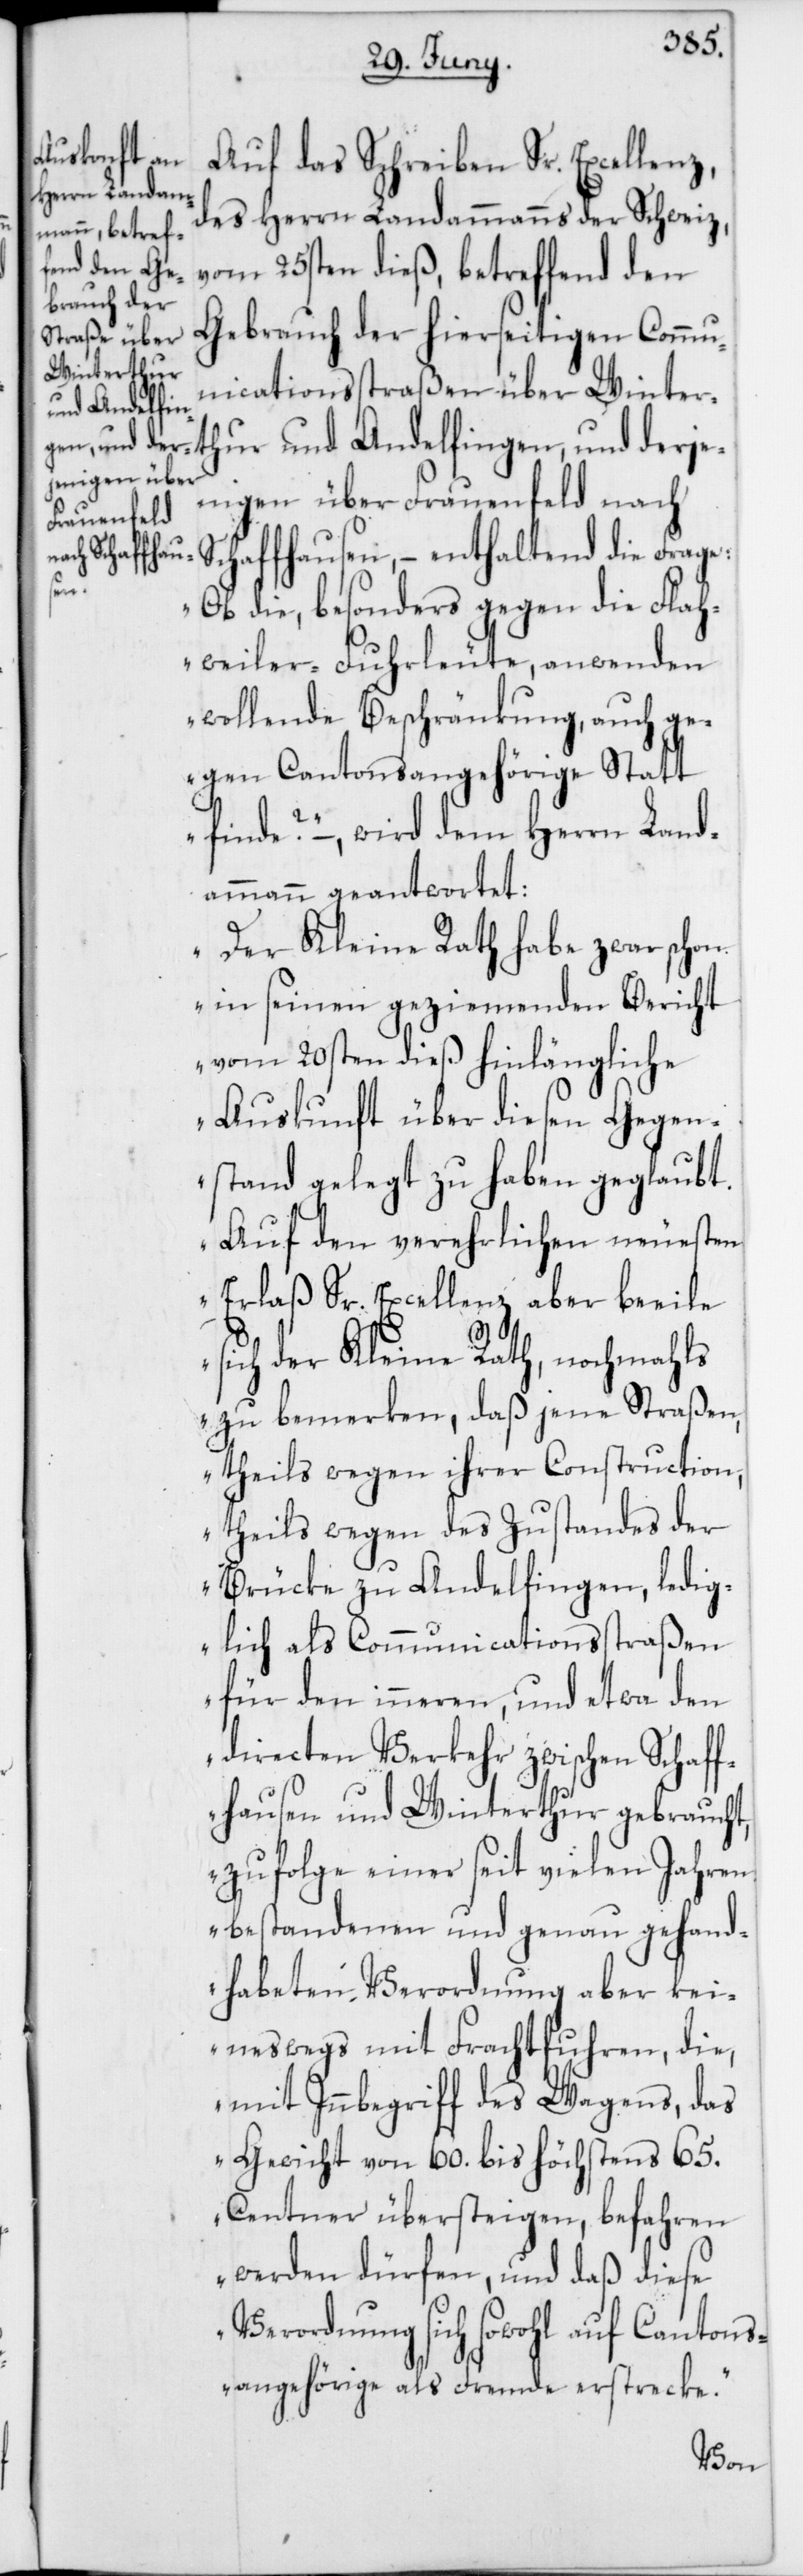
des Herrn Landammanns der Schweiz,
vom 25sten dieß, betreffend den
Gebrauch der hierseitigen Commu¬
nicationsstraßen über Winter¬
thur und Andelfingen, und derje¬
nigen über Frauenfeld nach
Schaffhausen, – enthaltend die Frage:
Sr.
„Ob die, besonders gegen die Flah¬
weiler Fuhrleute, anwenden
wollende Beschränkung, auch ge¬
gen Cantonsangehörige Statt
finde?“ –, wird dem Herrn Land¬
ammann geantwortet:
„Der Kleine Rath habe zwar schon
in seinen geziemenden Bericht
vom 20sten dieß hinlängliche
Auskunft über diesen Gegen¬
stand gelegt zu haben geglaubt.
Auf den verehrlichen neuesten
Erlaß Sr. Excellenz, aber beeile
sich der Kleine Rath, nochmahls
zu bemerken, daß jene Straßen,
theils wegen ihrer Construction,
theils wegen des Zustandes der
Brücke zu Andelfingen, ledig¬
lich als Communicationsstraßen
für den inneren, und etwa den
directen Verkehr zwischen Schaff¬
hausen und Winterthur gebraucht,
zufolge einer seit vielen Jahren
bestandenen und genau gehand¬
habeten Verordnung aber kei¬
neswegs mit Frachtfuhren, die,
mit Innbegriff des Wagens, das
Gewicht von 60. bis höchstens 65.
Centner übersteigen, befahren
werden dürfen, und daß diese
Verordnung sich sowohl auf Cantons¬
angehörige als Fremde erstrecke.“